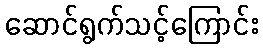
ဆောင်ရွက်သင့်ကြောင်း